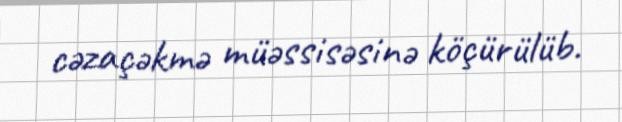
cəzaçəkmə müəssisəsinə köçürülüb.